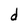
Character: d